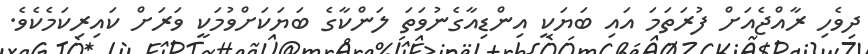
ދިވެހި ރާއްޖެއަށް ފުރަތަމަ އައި ބަޔަކީ އިންޑިއާގެނުވަތަ ލަންކާގެ ބަޔަކަށްވުމަކީ ވަރަށް ކައިރިކަމެކެވެ.